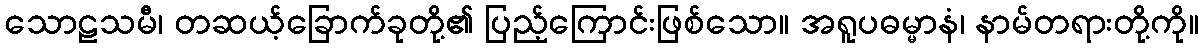
သောဠသမီ၊ တဆယ့်ခြောက်ခုတို့၏ ပြည့်ကြောင်းဖြစ်သော။ အရူပဓမ္မာနံ၊ နာမ်တရားတို့ကို။